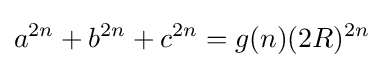
a^{2n}+b^{2n}+c^{2n}=g(n)(2R)^{2n}